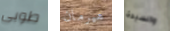
طوبى هيرمان والسيدة